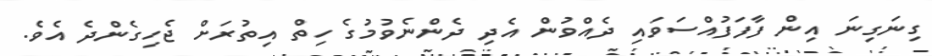
ގިނަގިނަ އިން ފާފަފުއްސަވައި ދެއްވުން އެދި ދެންނެވުމުގެ ހިތް އިތުރަށް ޖެހިގެންދެ އެވެ.